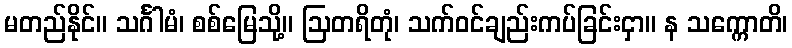
မတည်နိုင်။ သင်္ဂါမံ၊ စစ်မြေသို့။ ဩတရိတုံ၊ သက်ဝင်ချည်းကပ်ခြင်းငှာ။ န သက္ကောတိ၊